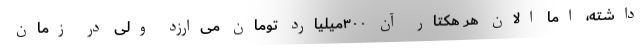
داشته، اما الان هر هکتار آن ۳۰۰میلیارد تومان می‌ارزد ولی در زمان